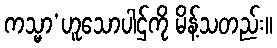
ကသ္မာ’ဟူသောပါဌ်ကို မိန့်သတည်း။